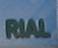
rial